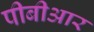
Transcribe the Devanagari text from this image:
पीबीआर